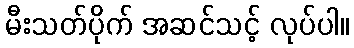
မီးသတ်ပိုက် အဆင်သင့် လုပ်ပါ။